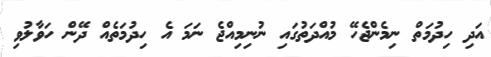
އަދި ހިދުމަތް ނިމެންޖެހޭ މުއްދަތުގައި ނުނިމިއްޖެ ނަމަ އެ ހިދުމަތެއް ދޭން ހަވާލުވި